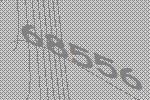
68556